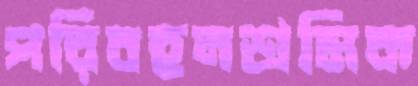
পরিবহনশ্রমিক